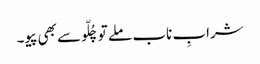
شرابِ ناب ملے تو چُلّو سے بھی پیو۔